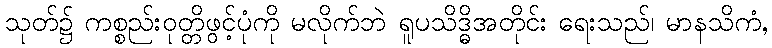
သုတ်၌ ကစ္စည်းဝုတ္တိဖွင့်ပုံကို မလိုက်ဘဲ ရူပသိဒ္ဓိအတိုင်း ရေးသည်၊ မာနသိကံ,